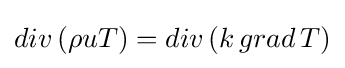
{div\,(\rho uT)}={div\,(k\,grad\,T)}